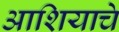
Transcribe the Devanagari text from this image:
आशियाचे